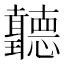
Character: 𦘏